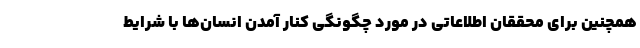
همچنین برای محققان اطلاعاتی در مورد چگونگی کنار آمدن انسان‌ها با شرایط